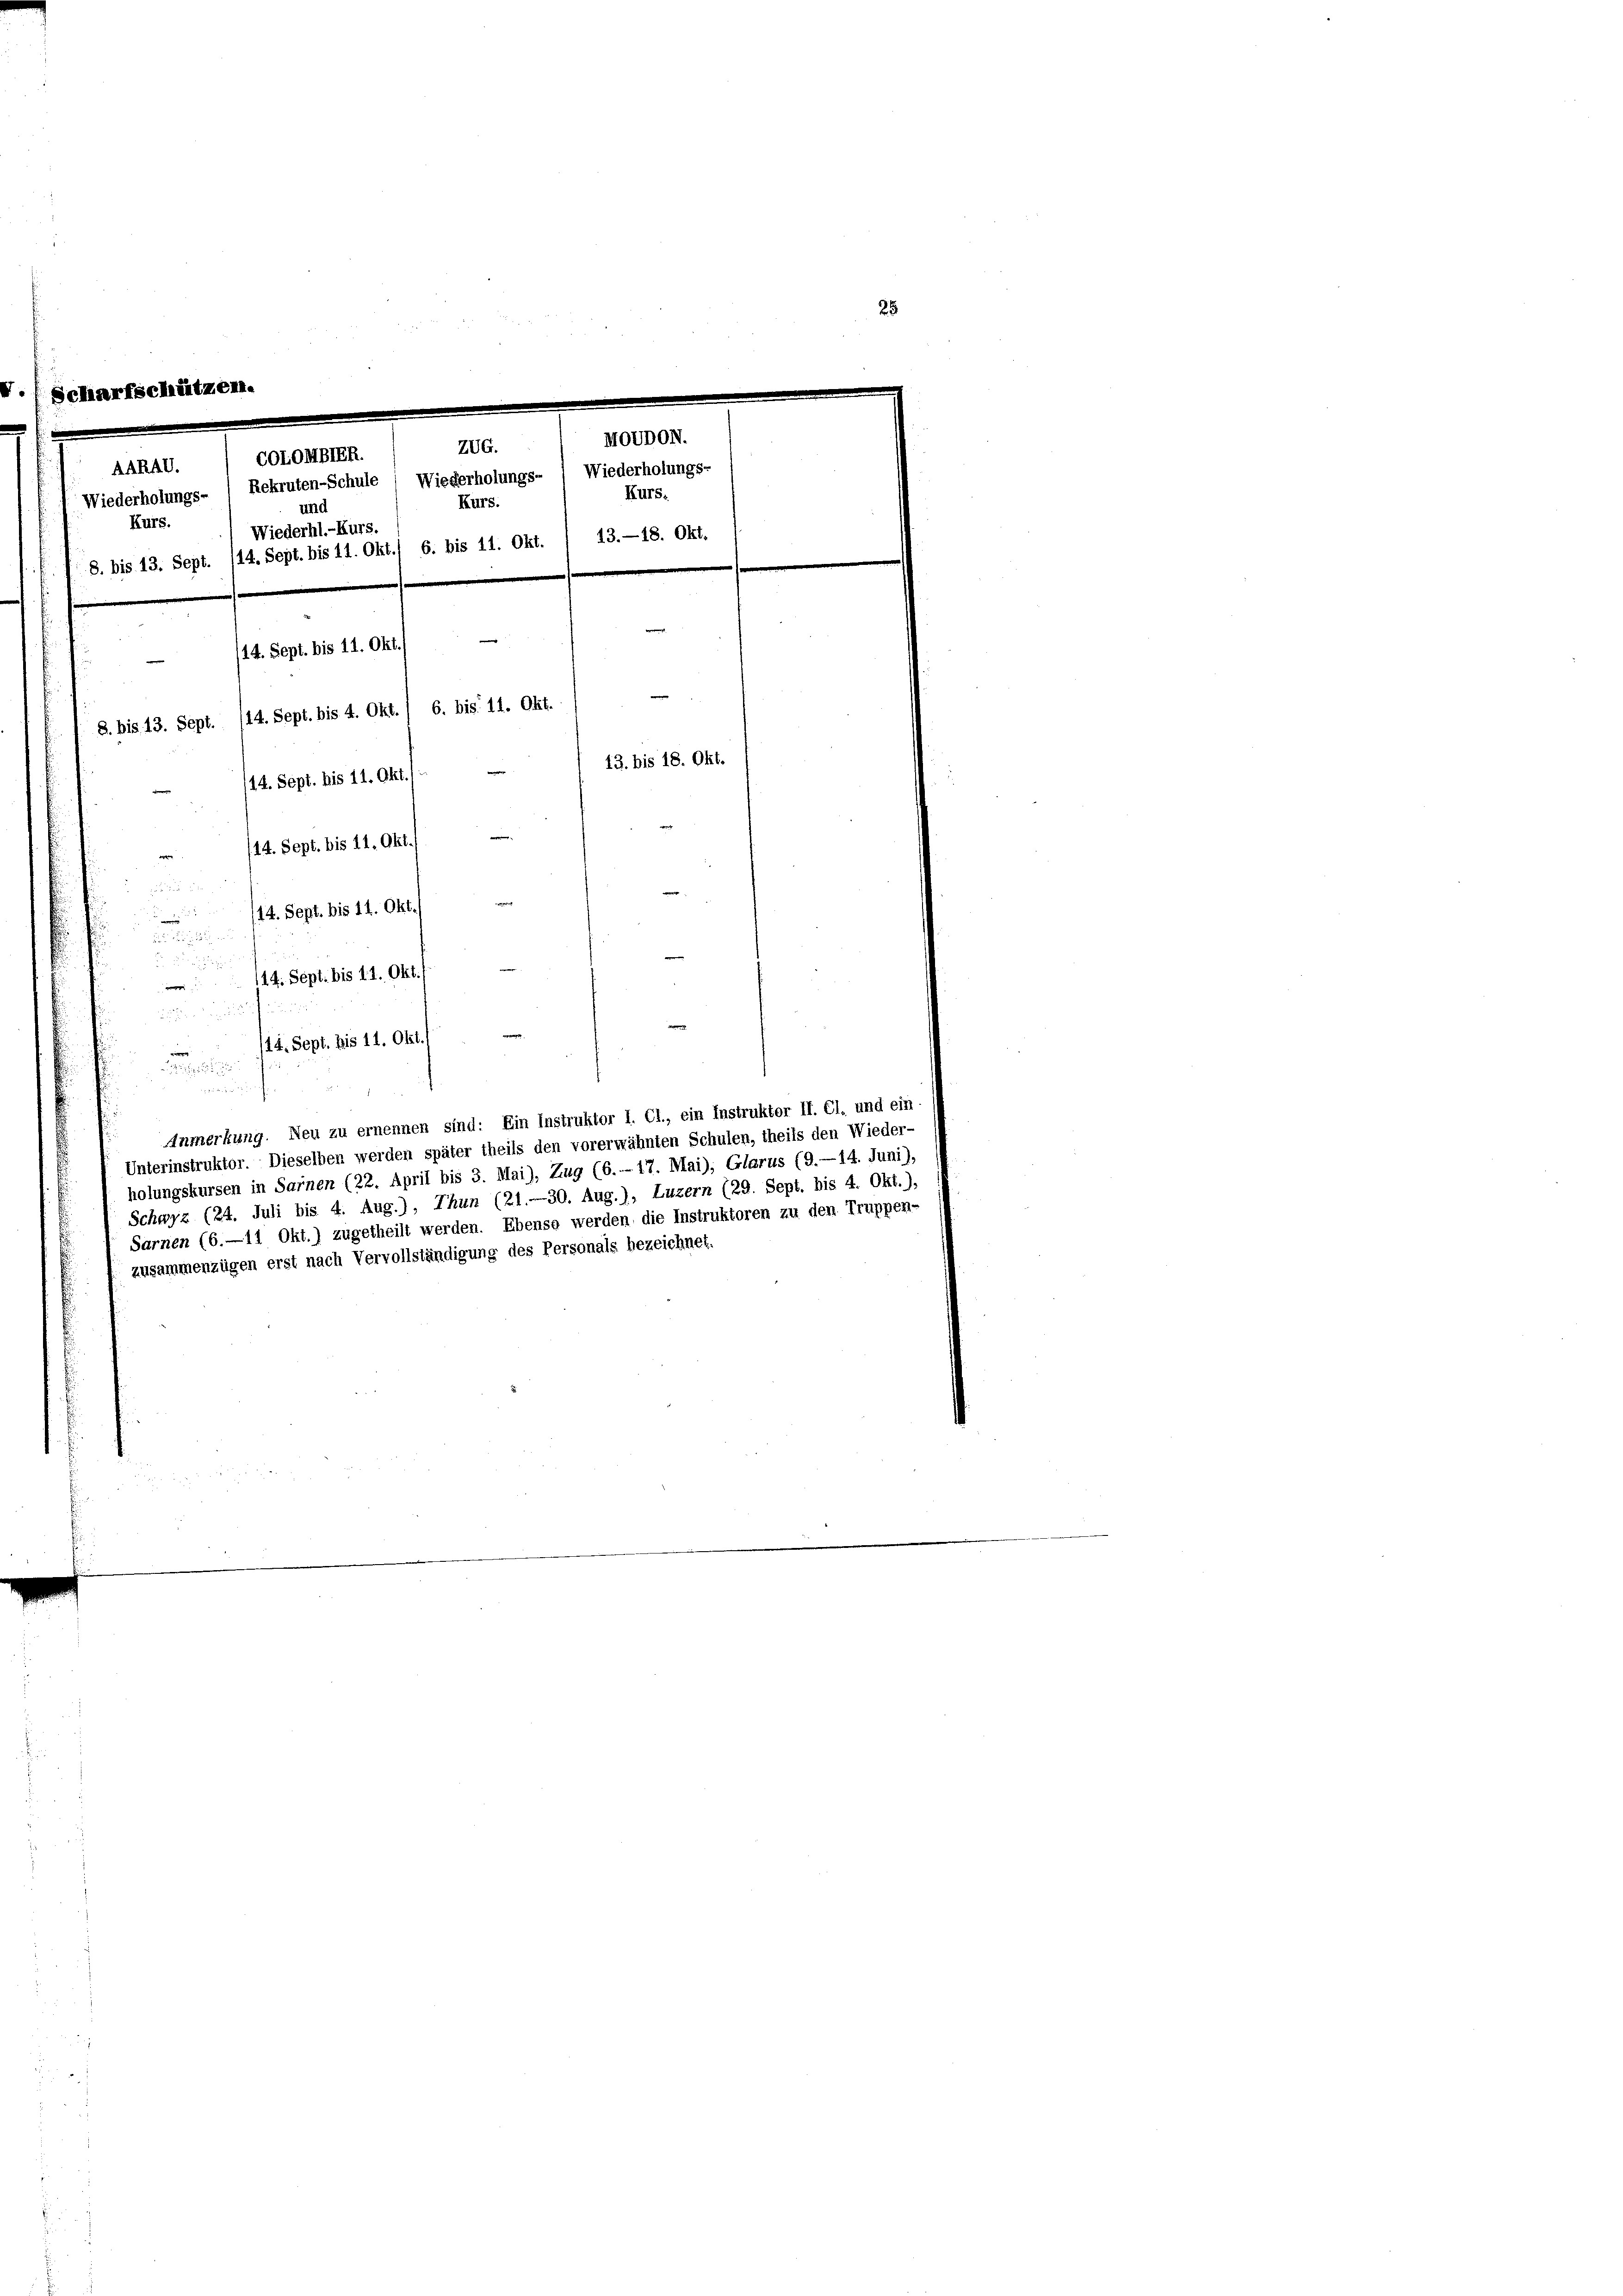
MovDON.
ZUG.
COLOMBIER.
AARAV.
Wiederholungs- ( Rekruten-Schule ( Wiederholungs- 1 Wiederholungs-
Kurs.
Kurs.
und
Kurs.
Wiederhl.-Kurs.
8. bis 13. Sept. /14. Sept. bis 11. Okt./ 6. bis 11. Okt. / 13. —18. Okt.
w
14. Sept. bis 11. Okt./
8. bis 13. Sept. 114. Sept. bis 4. Okt. / 6. bis 11. Okt.
13. bis 18. Okt.
/14. Sept. bis 11. Okt.1
/14. Sept. bis 11. Okt.

/14. Sept. bis 11. Okt.
.
114. Sept. bis 11. Okt./
e
alien in nun doch einen

.
Anmerkung. Neu zu ernennen sind: Ein Instruktor I. Cl., ein Instruktor II. Cl. und ein-
Unterinstruktor. Dieselben werden später theils den vorerwähnten Schulen, theils den Wieder-
holungskursen in Sarnen (22. April bis 3. Mai), Zug (6.- 17. Mai), Glarus (9.—14. Juni),
Schwyz (24. Juli bis 4. Aug.), Thun (21.—30. Aug.), Luzern (29. Sept. bis 4. Okt.),
Sarnen (6.—11 Okt.) zugetheilt werden. Ebenso werden die Instruktoren zu den Truppen-
zusammenzügen erst nach Vervollständigung des Personals bezeichnet.

25

e
114. Sept. bis 11. Okt.
4
 719
nd